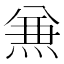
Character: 𠔥